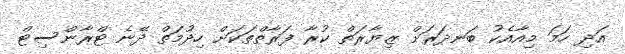
އަދި ހަމަ މިއާއެކު ބަނދަރަށް ޒިޔާރަތް ކުރާ ފަރާތްތަކަށް ހިދުމަތް ދޭނެ ޓްރާންސިޓް